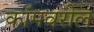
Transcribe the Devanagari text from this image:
कॉमवरील